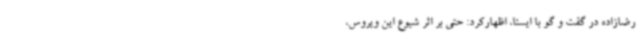
رضازاده در گفت و گو با ایسنا، اظهارکرد: حتی بر اثر شیوع این ویروس،